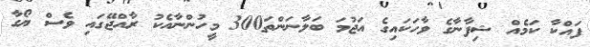
ފައްކާ ކަމެއް ޝިފާނާގެ ވާހަަކައިގެ އަޖުމަ ބަލާނަންތަ300 މީހުންނާއެކު ރާއްޖޭގައި ވެސް ޔޯގާ